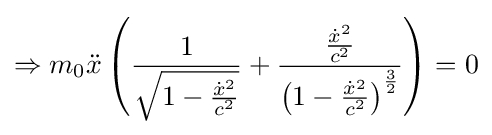
\Rightarrow m_{0}{\ddot {x}}\left({\frac {1}{\sqrt {1-{\frac {{\dot {x}}^{2}}{c^{2}}}}}}+{\frac {\frac {{\dot {x}}^{2}}{c^{2}}}{\left(1-{\frac {{\dot {x}}^{2}}{c^{2}}}\right)^{\frac {3}{2}}}}\right)=0